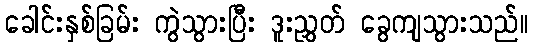
ခေါင်းနှစ်ခြမ်း ကွဲသွားပြီး ဒူးညွှတ် ခွေကျသွားသည်။